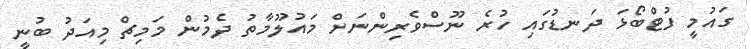
ގައުމީ ފުޓްބޯޅަ ދަނޑުގައި ހުރެ ނޫސްވެރިންނަށް މައުލޫމާތު ދެމުން މަމިޗް މިއަދު ބުނީ